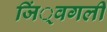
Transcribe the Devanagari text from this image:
जिं्वगली